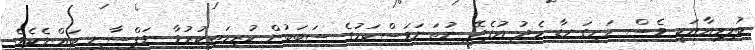
ބުލިމިއާއަކީ ވެސް ހަށިގަނޑާ މެދު އުފެދޭ ނުތަނަވަސްކަމުގެ ސަބަބުން ކުރިމަތިކުރުވާ ނަފްސާނީ ބައްޔެކެވެ.